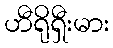
ဟီရိုရှီးမား